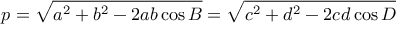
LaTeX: p = { \sqrt { a ^ { 2 } + b ^ { 2 } - 2 a b \cos { B } } } = { \sqrt { c ^ { 2 } + d ^ { 2 } - 2 c d \cos { D } } }